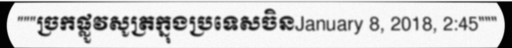
"""ច្រកផ្លូវសូត្រក្នុងប្រទេសចិនJanuary 8, 2018, 2:45"""